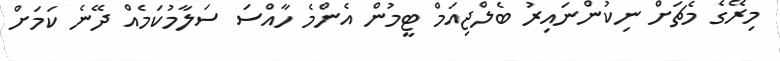
މިރޭގެ މެޗަށް ނިކުންނައިރު ބެލްޖިއަމް ޓީމުން އެންމެ ހާއްސަ ސަލާމުކަމެއް ދޭނެ ކަމަށް